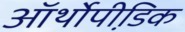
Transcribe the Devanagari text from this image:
ऑर्थोपी़डिक